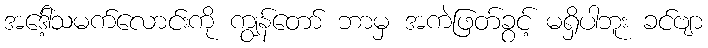
အဒေါ့်သမက်လောင်းကို ကျွန်တော် ဘာမှ အကဲဖြတ်ခွင့် မရှိပါဘူး ခင်ဗျာ